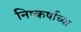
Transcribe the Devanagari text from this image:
निष्कर्षाच्या